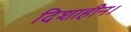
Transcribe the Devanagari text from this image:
दिशाहीन।